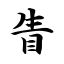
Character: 眚